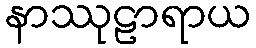
နာဿုဠာရာယ